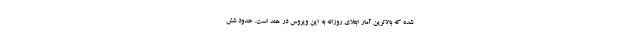
شده که بالاترین آمار ابتلای روزانه به این ویروس در هند است. حدود شش